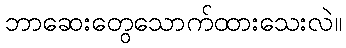
ဘာဆေးတွေသောက်ထားသေးလဲ။